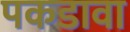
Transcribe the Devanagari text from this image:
पकडावा